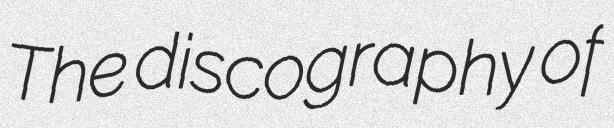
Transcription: The discography of